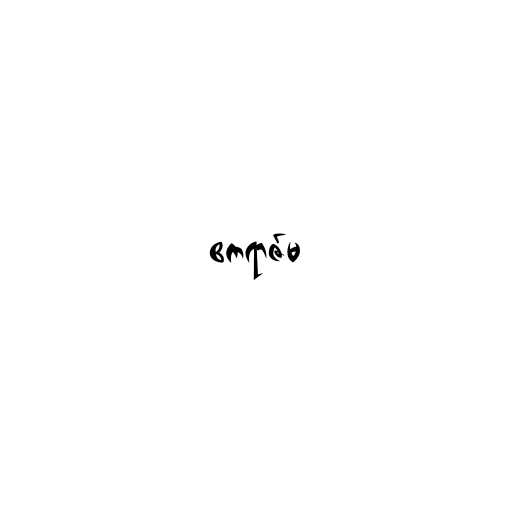
ဧကရာဇ်မ